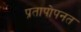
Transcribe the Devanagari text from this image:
प्रतापोपनत